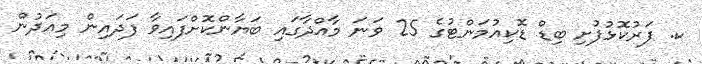
ކ. ފަރުކޮޅުފުށި ބިޑް ޑޮކިއުމަންޓުގެ 25 ވަނަ މާއްދާގައި ބަޔާންކޮށްފައިވާ ފަދައިން މިއަދުން